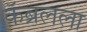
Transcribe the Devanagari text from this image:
कॅब्रलला